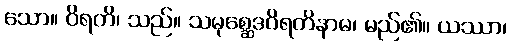
သော။ ဝိရတိ၊ သည်။ သမုစ္ဆေဒဝိရတိနာမ၊ မည်၏။ ယဿာ၊